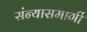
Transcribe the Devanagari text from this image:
संन्यासमार्गी